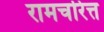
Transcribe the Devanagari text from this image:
रामचरित्त